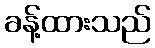
ခန့်ထားသည်